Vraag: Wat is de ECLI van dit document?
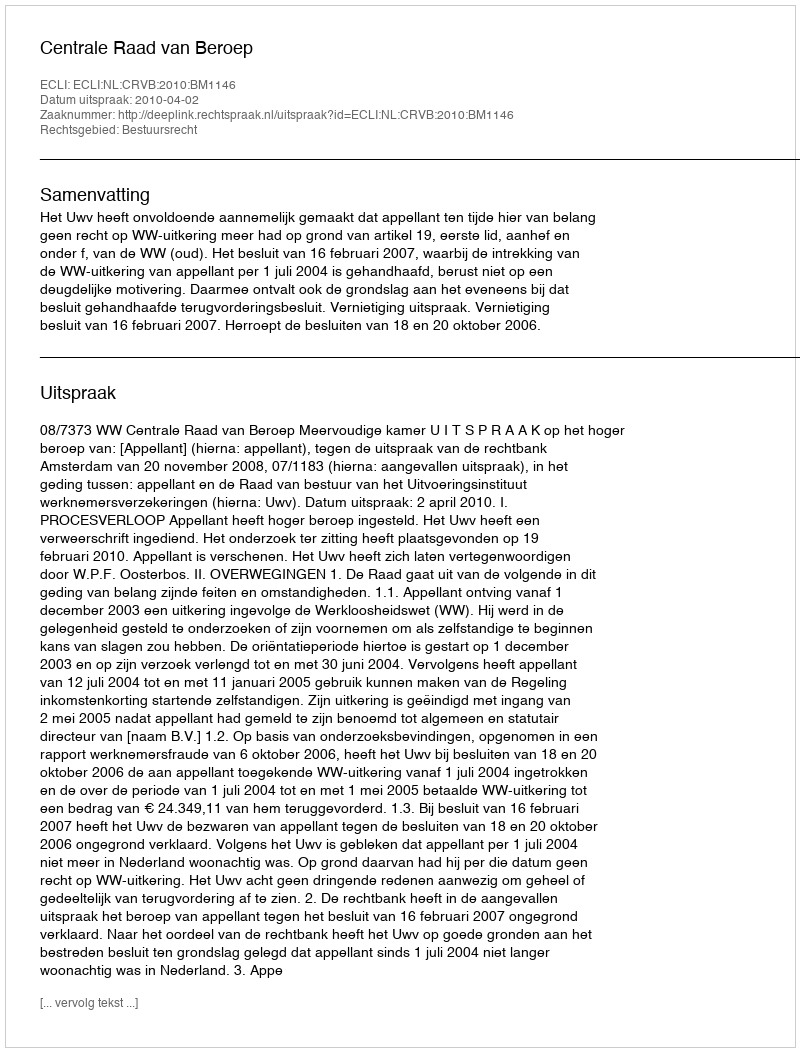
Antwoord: ECLI:NL:CRVB:2010:BM1146